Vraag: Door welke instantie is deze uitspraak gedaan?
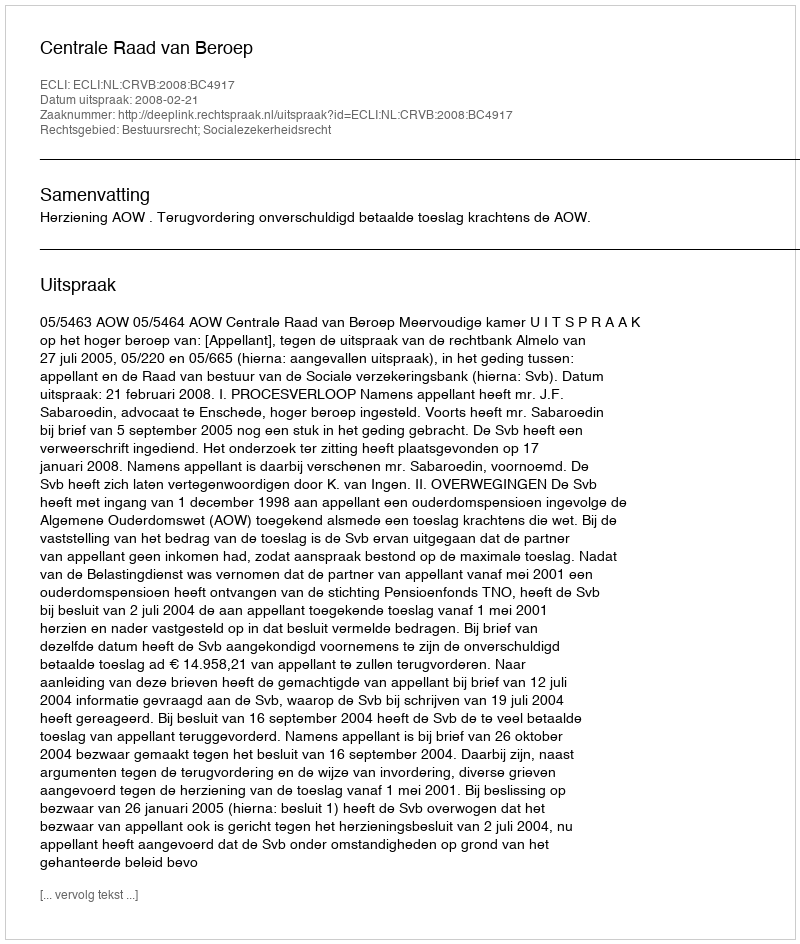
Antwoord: Centrale Raad van Beroep